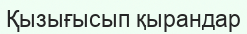
Қызығысып қырандар